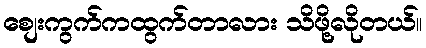
စျေးကွက်ကထွက်တာလား သိဖို့လိုတယ်။